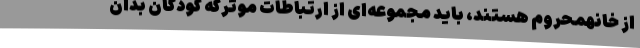
از خانهمحروم هستند، باید مجموعه‌ای از ارتباطات موثرکه کودکان بدان